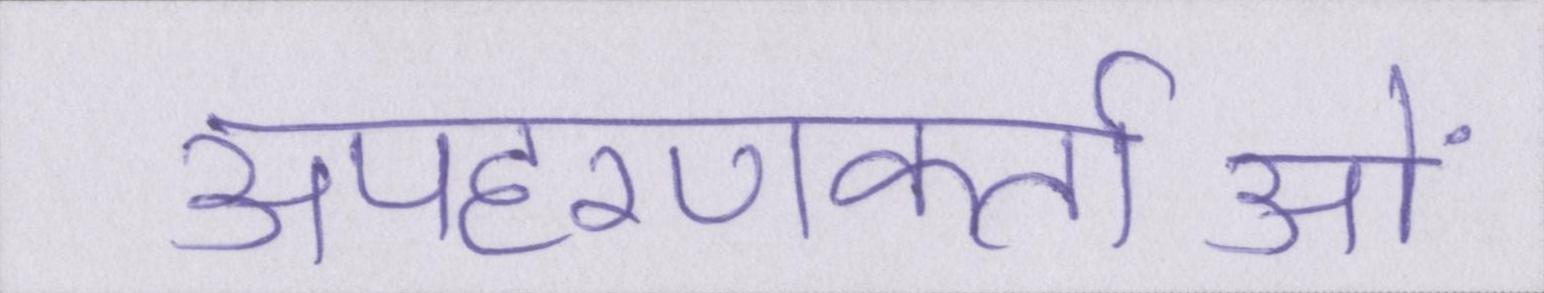
अपहरणकर्ताओं